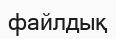
файлдық